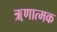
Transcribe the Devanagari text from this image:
ॠणात्मक